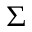
\Sigma